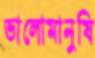
ভালোমানুষি